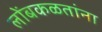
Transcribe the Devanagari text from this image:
लोंबकळतांना